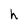
Character: h